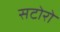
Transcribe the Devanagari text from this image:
सटोरो